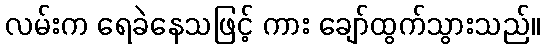
လမ်းက ရေခဲနေသဖြင့် ကား ချော်ထွက်သွားသည်။